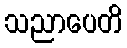
သညာပေတိ